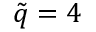
\tilde { q } = 4